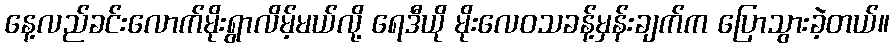
နေ့လည်ခင်းလောက်မိုးရွာလိမ့်မယ်လို့ ရေဒီယို မိုးလေဝသခန့်မှန်းချက်က ပြောသွားခဲ့တယ်။